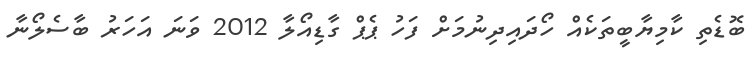
ބޮޑެތި ކާމިޔާބީތަކެއް ހޯދައިދިނުމަށް ފަހު ޕެޕް ގާޑިއޯލާ 2012 ވަނަ އަހަރު ބާސެލޯނާ